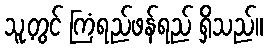
သူ့တွင် ကြံရည်ဖန်ရည် ရှိသည်။